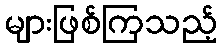
များဖြစ်ကြသည့်